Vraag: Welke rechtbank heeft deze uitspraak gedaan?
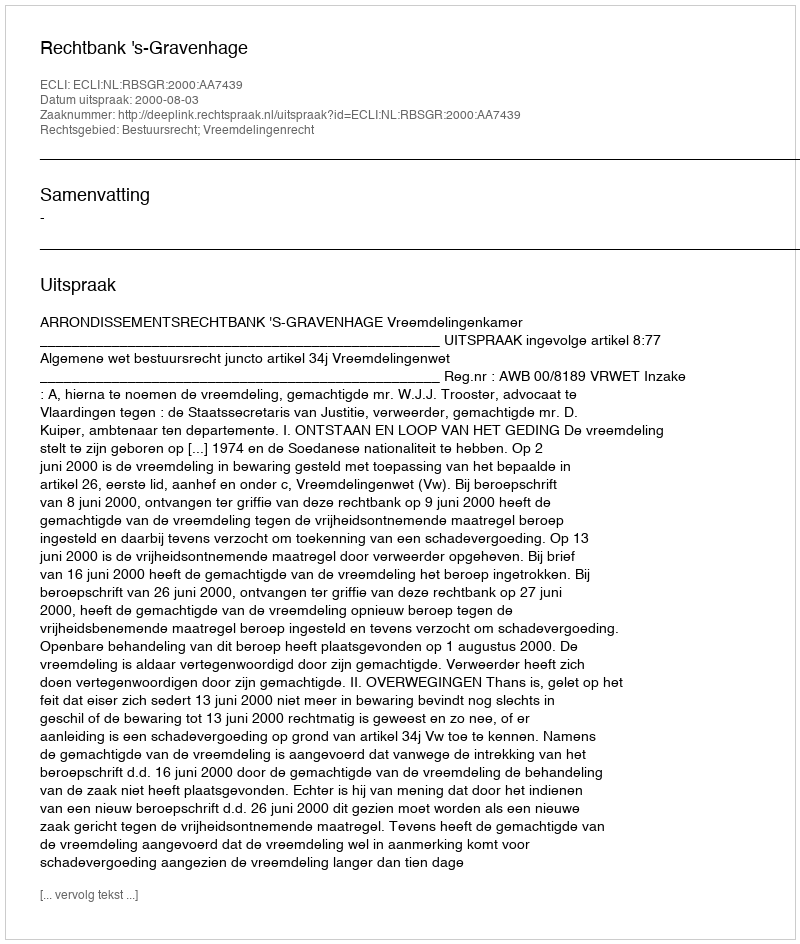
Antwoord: Rechtbank 's-Gravenhage